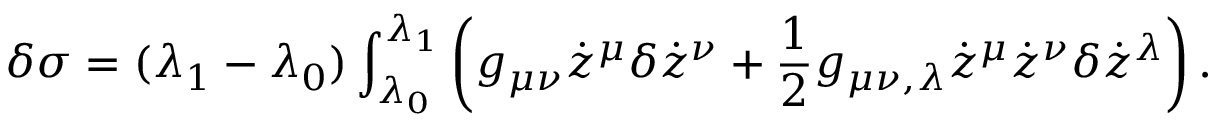
\delta \sigma = ( \lambda _ { 1 } - \lambda _ { 0 } ) \int _ { \lambda _ { 0 } } ^ { \lambda _ { 1 } } \left( g _ { \mu \nu } \dot { z } ^ { \mu } \delta \dot { z } ^ { \nu } + \frac { 1 } { 2 } g _ { \mu \nu , \lambda } \dot { z } ^ { \mu } \dot { z } ^ { \nu } \delta \dot { z } ^ { \lambda } \right) .